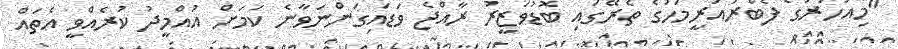
"މިއަހަރުގެ ފެބްރުއަރީމަހުގެ ތެރޭގައި ބޮޑުވަޒީރު ރާއްޖެ ވަޑައިގަންނަވާނެ ކަމަށް އުއްމީދު ކުރެއްވީ އެތައް